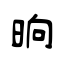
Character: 晌